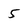
Character: 5